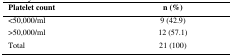
| Platelet count | n (%) |
 | --- | --- |
 | <50,000/ml | 9 (42.9) |
 | >50,000/ml | 12 (57.1) |
 | Total | 21 (100) |